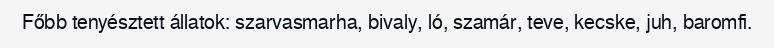
Főbb tenyésztett állatok: szarvasmarha, bivaly, ló, szamár, teve, kecske, juh, baromfi.